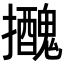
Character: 𢹧